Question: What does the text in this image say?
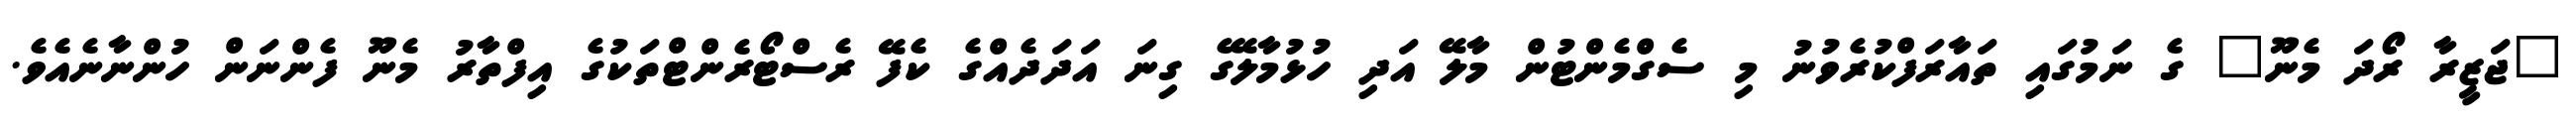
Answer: "ޖަޒީރާ ރޯދަ މެނޫ" ގެ ނަމުގައި ތައާރަފްކުރެވުނު މި ސެގްމެންޓުން މާލޭ އަދި ހުޅުމާލޭގެ ގިނަ އަދަދެއްގެ ކެފޭ ރެސްޓޯރެންޓްތަކުގެ އިފްތާރު މެނޫ ފެންނަން ހުންނާނެއެވެ.